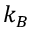
k _ { B }